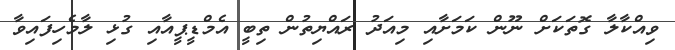
ވިއްކާލާ ގޮތަކަށް ނޫން ކަމަށާއި މިއަދު ރައްޔިތުން ތިބީ އެމްޑީޕީއާއި ގުޅި ލާމެހިފައިވާ